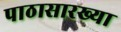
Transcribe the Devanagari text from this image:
पाठासारख्या